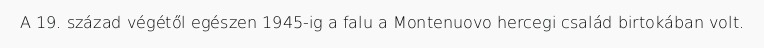
A 19. század végétől egészen 1945-ig a falu a Montenuovo hercegi család birtokában volt.